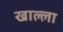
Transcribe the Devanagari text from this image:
खाल्‍ला